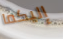
إليكما